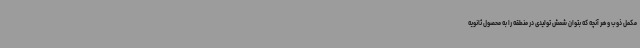
مکمل ذوب و هر آنچه که بتوان شمش تولیدی در منطقه را به محصول ثانویه